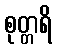
စုတ္တရိ